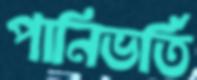
পানিভর্তি